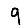
Digit: 9